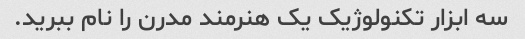
سه ابزار تکنولوژیک یک هنرمند مدرن را نام ببرید.